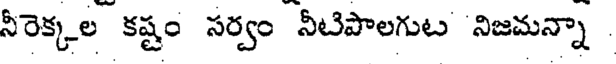
నీరెక్కల కష్టం సర్వం నీటిపాలగుట నిజమన్నా